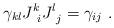
LaTeX: \begin{align*}\gamma_{kl}J^k_{\ i}J^l_{\ j} = \gamma_{ij}\ .\end{align*}